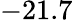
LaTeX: -21.7